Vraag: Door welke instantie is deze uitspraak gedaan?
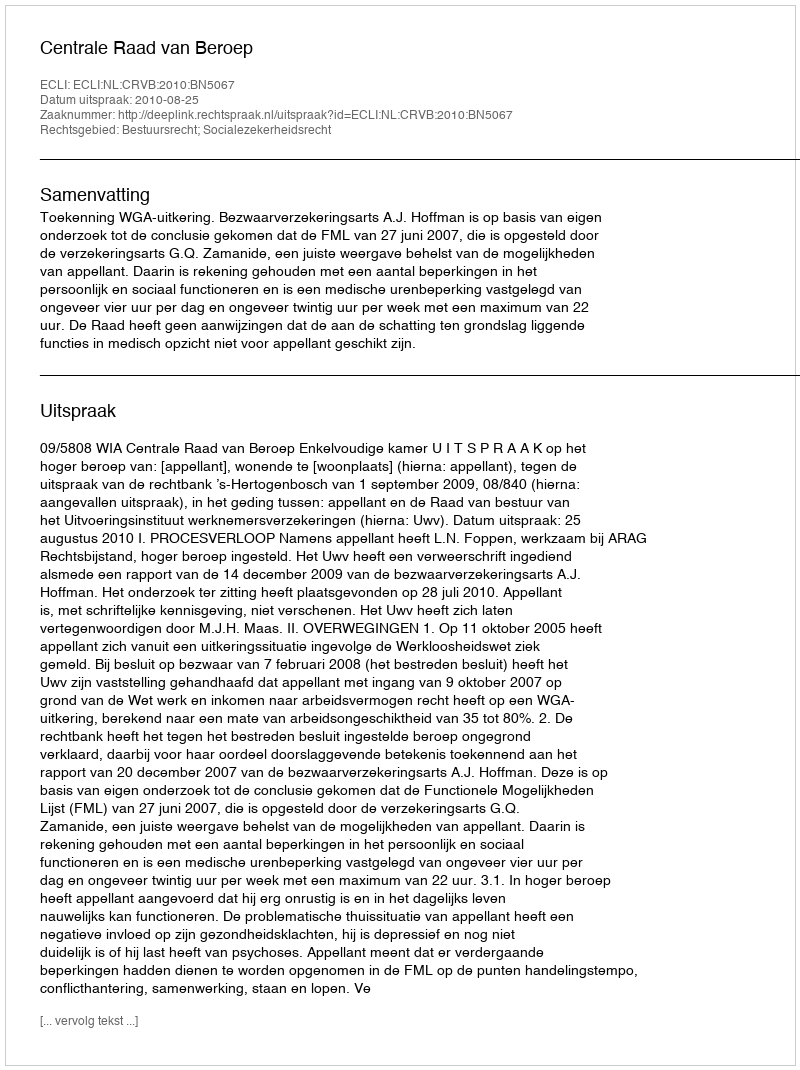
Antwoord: Centrale Raad van Beroep